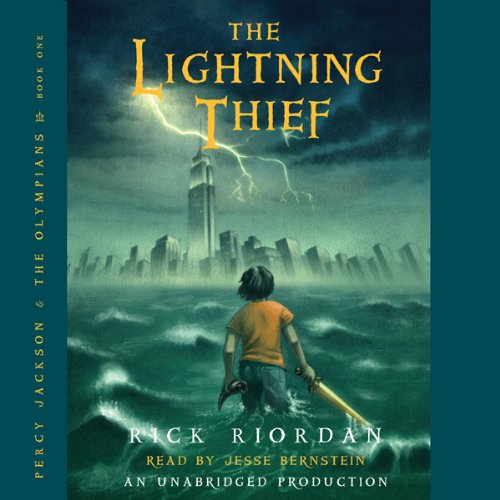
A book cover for The Lightning Thief: Percy Jackson and the Olympians, Book 1; Rick Riordan; Literature & Fiction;